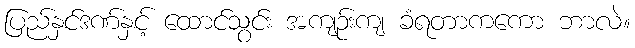
ပြည်နှင်ဒဏ်နှင့် ထောင်သွင်း အကျဉ်းကျ ခံရတာကကော ဘာလဲ။